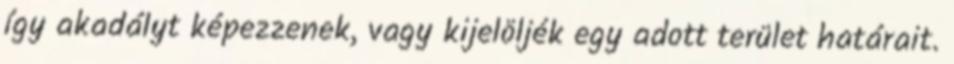
így akadályt képezzenek, vagy kijelöljék egy adott terület határait.